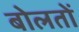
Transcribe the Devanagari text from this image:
बोलतों